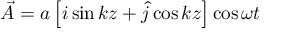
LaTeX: \vec { A } = a \left[ i \sin k z + \hat { j } \cos k z \right] \cos \omega t